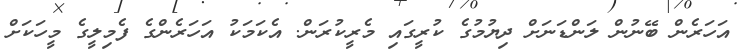
އަހަރެން ބޭނުން ލަންޑަނަށް ދިޔުމުގެ ކުރީގައި މެރީކުރަން. އެކަމަކު އަހަރެންގެ ފެމިލީގެ މީހަކަށް